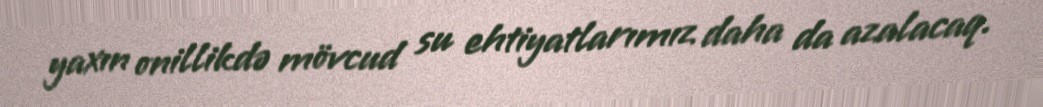
yaxın onillikdə mövcud su ehtiyatlarımız daha da azalacaq.